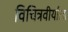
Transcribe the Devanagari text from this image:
विचित्रवीर्याला